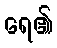
ရေ၏